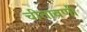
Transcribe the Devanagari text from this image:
चीतावणी